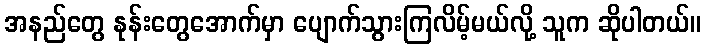
အနည်တွေ နုန်းတွေအောက်မှာ ပျောက်သွားကြလိမ့်မယ်လို့ သူက ဆိုပါတယ်။